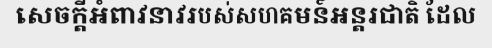
សេចក្តីអំពាវនាវរបស់សហគមន៍អន្តរជាតិ ដែល